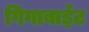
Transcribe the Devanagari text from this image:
गिगाबाईट